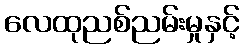
လေထုညစ်ညမ်းမှုနှင့်